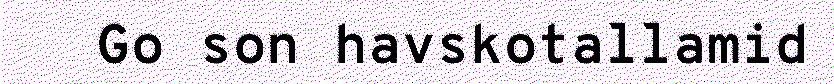
Go son havskotallamid